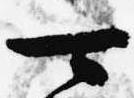
可